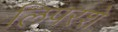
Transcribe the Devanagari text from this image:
लिपरशे